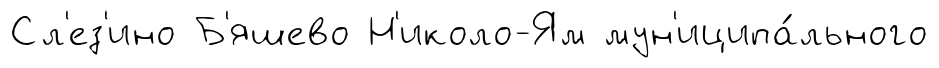
Сл'ез'ино Б'яшево Н'иколо-Ям мун'иципа́льного